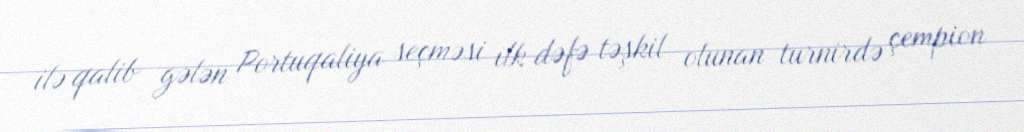
ilə qalib gələn Portuqaliya seçməsi ilk dəfə təşkil olunan turnirdə çempion